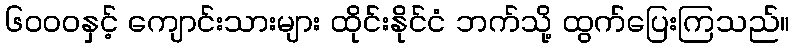
၆၀၀၀နှင့် ကျောင်းသားများ ထိုင်းနိုင်ငံ ဘက်သို့ ထွက်ပြေးကြသည်။